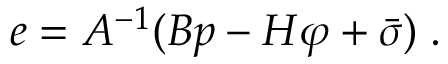
\begin{array} { r } { e = A ^ { - 1 } ( B p - H \varphi + \bar { \sigma } ) \; . } \end{array}